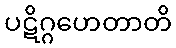
ပဋိဂ္ဂဟေတာတိ